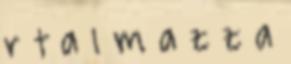
r t a l m a z z a